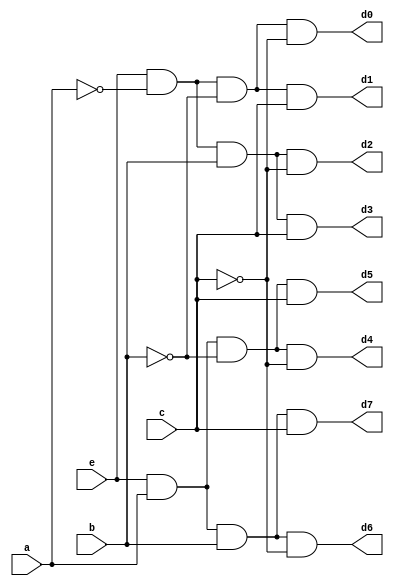
`timescale 1ns / 1ps


module Decoder_structural(
    input e,
    input a,
    input b,
    input c,
    output d0,
    output d1,
    output d2,
    output d3,
    output d4,
    output d5,
    output d6,
    output d7
    );
    
    // Defining wires for not signals
    wire a_not, b_not, c_not;
    
    // Instantiating Not gates as per the schematic
    not n0 (a_not, a);
    not n1 (b_not, b);
    not n2 (c_not, c);
    
    // Instantiating And gates as per the schematic
    and g0 (d0, e, a_not, b_not, c_not);
    and g1 (d1, e, a_not, b_not, c);
    and g2 (d2, e, a_not, b, c_not);
    and g3 (d3, e, a_not, b, c);
    and g4 (d4, e, a, b_not, c_not);
    and g5 (d5, e, a, b_not, c);
    and g6 (d6, e, a, b, c_not);
    and g7 (d7, e, a, b, c);
    
endmodule